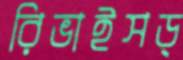
রিভাইসড্